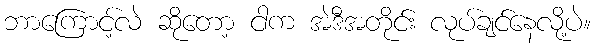
ဘာကြောင့်လဲ ဆိုတော့ ငါက အဲဒီအတိုင်း လုပ်ချင်နေလို့ပဲ။